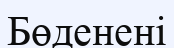
Бөденені